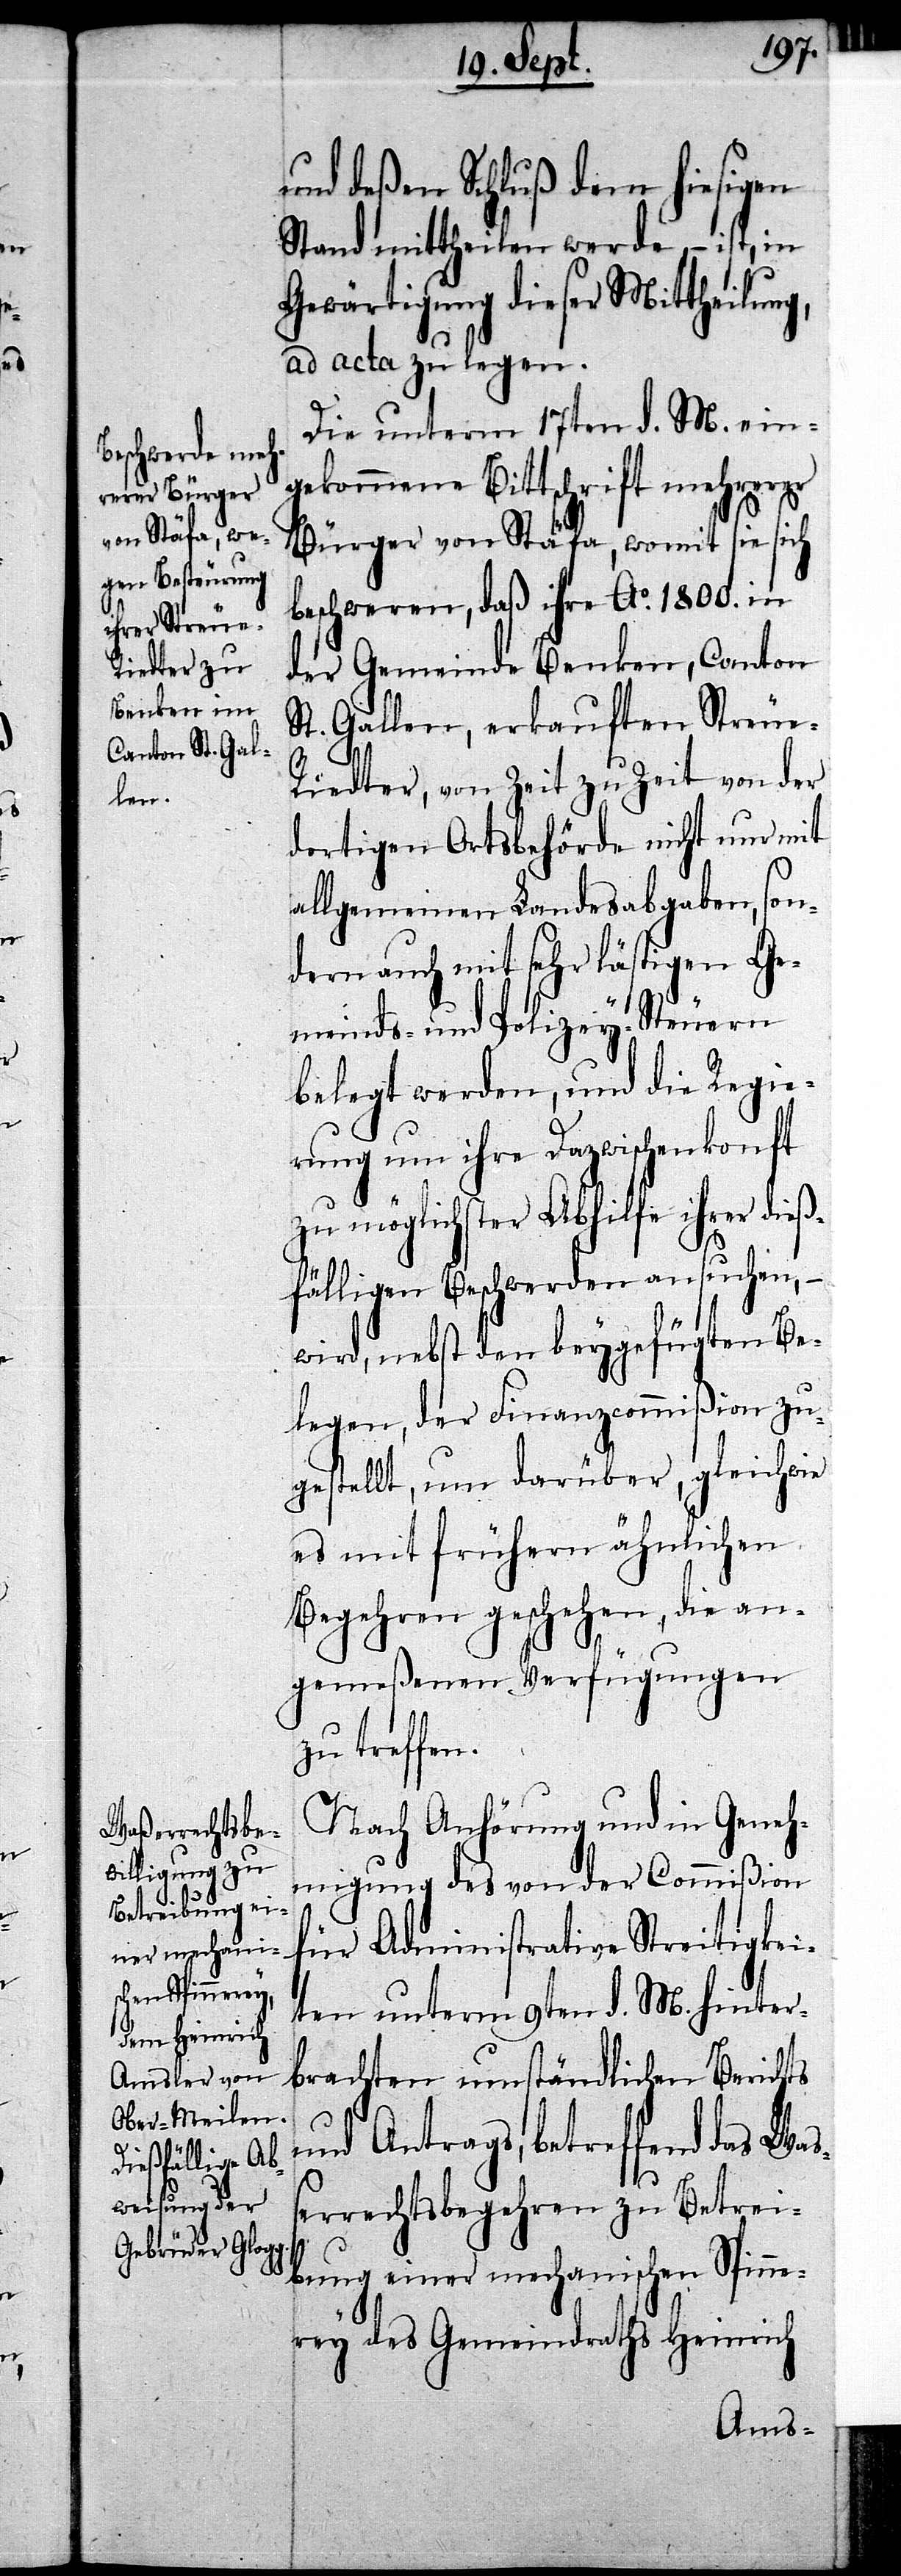
und deßen Schluß dem hiesigen
Stand mittheilen werde, – ist, in
Gewärtigung dieser Mittheilung,
ad acta zu legen.
Die unterm 17ten d. M. ein¬
gekommene Bittschrift mehrerer
Bürger von Stäfa, womit sie sich
beschweren, daß ihre Ao. 1800. in
der Gemeinde Benken, Canton
St. Gallen, erkauften Streue-R¬
iedter, von Zeit zu Zeit von der
dortigen Ortsbehörde nicht nur mit
allgemeinen Landesabgaben, son¬
dern auch mit sehr lästigen Ge¬
meinds- und Polizey-Steuern
belegt werden, und die Regie¬
rung um ihre Dazwischenkonft
zu möglichster Abhilfe ihrer dieß¬
fälligen Beschwerden ansuchen, –
wird, nebst den beygefügten Be¬
legen, der Finanzcommißion zu¬
gestellt, um darüber, gleich wie
es mit frühern ähnlichen
Begehren geschehen, die an¬
gemeßenen Verfügungen
zu treffen.
Nach Anhörung und in Geneh¬
migung des von der Commißion
für Administrative Streitigkei¬
ten unterm 9ten d. M. hinter¬
brachten umständlichen Berichts
und Antrags, betreffend das Waß¬
errechtsbegehren zu Betrei¬
bung einer mechanischen Spin¬
nerey des Gemeindraths Heinrich